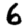
Digit: 6